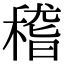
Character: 稽